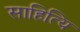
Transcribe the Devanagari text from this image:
साहित्यि